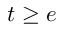
t \geq e